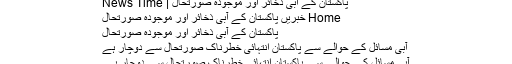
پاکستان کے آبی ذخائر اور موجودہ صورتحال | News Time
Home خبریں پاکستان کے آبی ذخائر اور موجودہ صورتحال
پاکستان کے آبی ذخائر اور موجودہ صورتحال
آبی مسائل کے حوالے سے پاکستان انتہائی خطرناک صورتحال سے دوچار ہے
آبی مسائل کے حوالے سے پاکستان انتہائی خطرناک صورتحال سے دوچار ہے۔